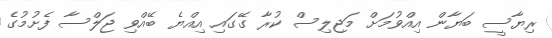
ރިޔާސީ ބަޔާން އިއްވުމަށް މަޖިލިސް ކުރާ ގޭގައި އިއްޔެ ބޭއްވި ޖަލްސާ ފެށުމުގެ